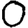
Digit: 0